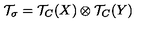
{ \cal T } _ { \sigma } = { \cal T } _ { C } ( X ) \otimes { \cal T } _ { C } ( Y )